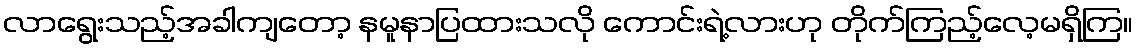
လာရွေးသည့်အခါကျတော့ နမူနာပြထားသလို ကောင်းရဲ့လားဟု တိုက်ကြည့်လေ့မရှိကြ။